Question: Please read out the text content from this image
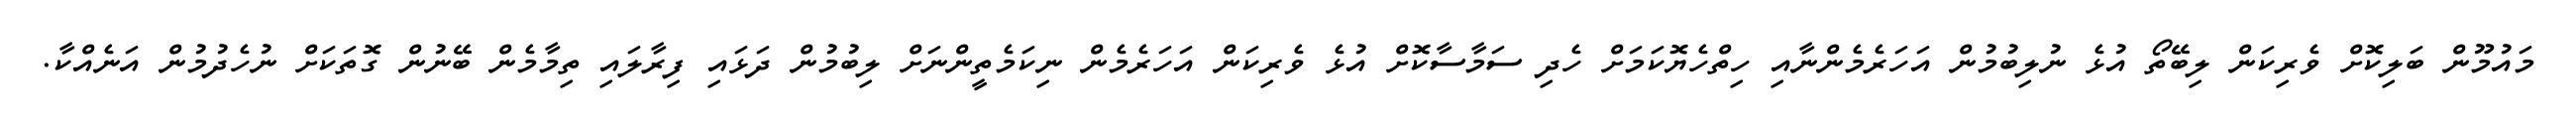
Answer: މައުމޫން ބަލިކޮށް ވެރިކަން ލިބޭތޯ އުޅެ ނުލިބުމުން އަހަރެމެންނާއި ހިތްހެޔޮކަމަށް ހެދި ސަމާސާކޮށް އުޅެ ވެރިކަން އަހަރެމެން ނިކަމެތީންނަށް ލިބުމުން ދަޅައި ފިރާލައި ތިމާމެން ބޭނުން ގޮތަކަށް ނުހެދުމުން އަނެއްކާ.